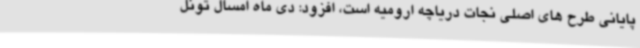
پایانی طرح های اصلی نجات دریاچه ارومیه است، افزود: دی ماه امسال تونل